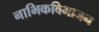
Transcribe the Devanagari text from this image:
नाभिकविभाजन